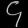
Digit: ၄